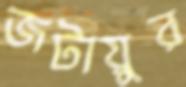
জটায়ুর